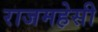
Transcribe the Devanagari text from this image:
राजमहेसी